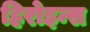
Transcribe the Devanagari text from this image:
हिरोइन्स